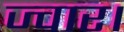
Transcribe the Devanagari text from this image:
ज्वार।